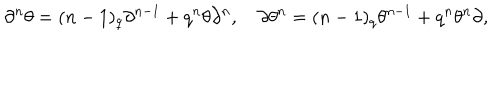
\partial ^ { n } \theta = ( n - 1 ) _ { q } \partial ^ { n - 1 } + q ^ { n } \theta \partial ^ { n } , \quad \partial \theta ^ { n } = ( n - 1 ) _ { q } \theta ^ { n - 1 } + q ^ { n } \theta ^ { n } \partial ,